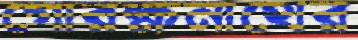
গোরক্ষনাথের